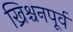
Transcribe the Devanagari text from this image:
ख्रिश्चनपूर्व